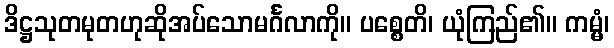
ဒိဋ္ဌသုတမုတဟုဆိုအပ်သောမင်္ဂလာကို။ ပစ္စေတိ၊ ယုံကြည်၏။ ကမ္မံ၊